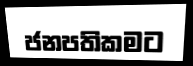
ජනපතිකමට